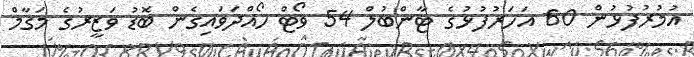
އުމުރުފުޅުން 60 އަހަރުފުޅުގެ ޓާންބުލް 54 ވޯޓް ހޯއްދަވައިގެން ބޮޑު ވަޒީރުގެ މަގާމް